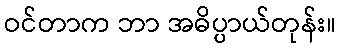
ဝင်တာက ဘာ အဓိပ္ပာယ်တုန်း။